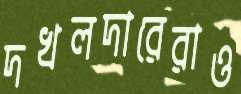
দখলদারেরাও